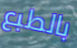
بالطبع